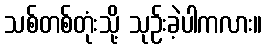
သစ်တစ်တုံးသို့ သုဉ်းခဲ့ပါကလား။